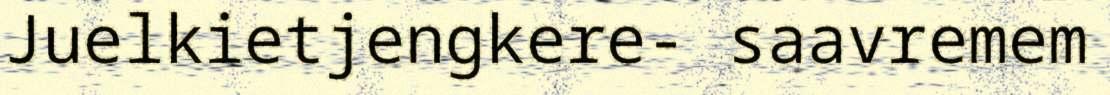
Juelkietjengkere- saavremem